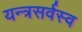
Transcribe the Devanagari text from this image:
यन्त्रसर्वस्व